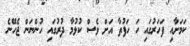
ކަމަށާއި ފަހަރުގައި ހަ ހަފުތާ އަށް ވެސް ކުޅުމާ ދުރުގައި ހުންނަން ޖެހޭނެ